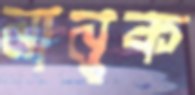
নানুক